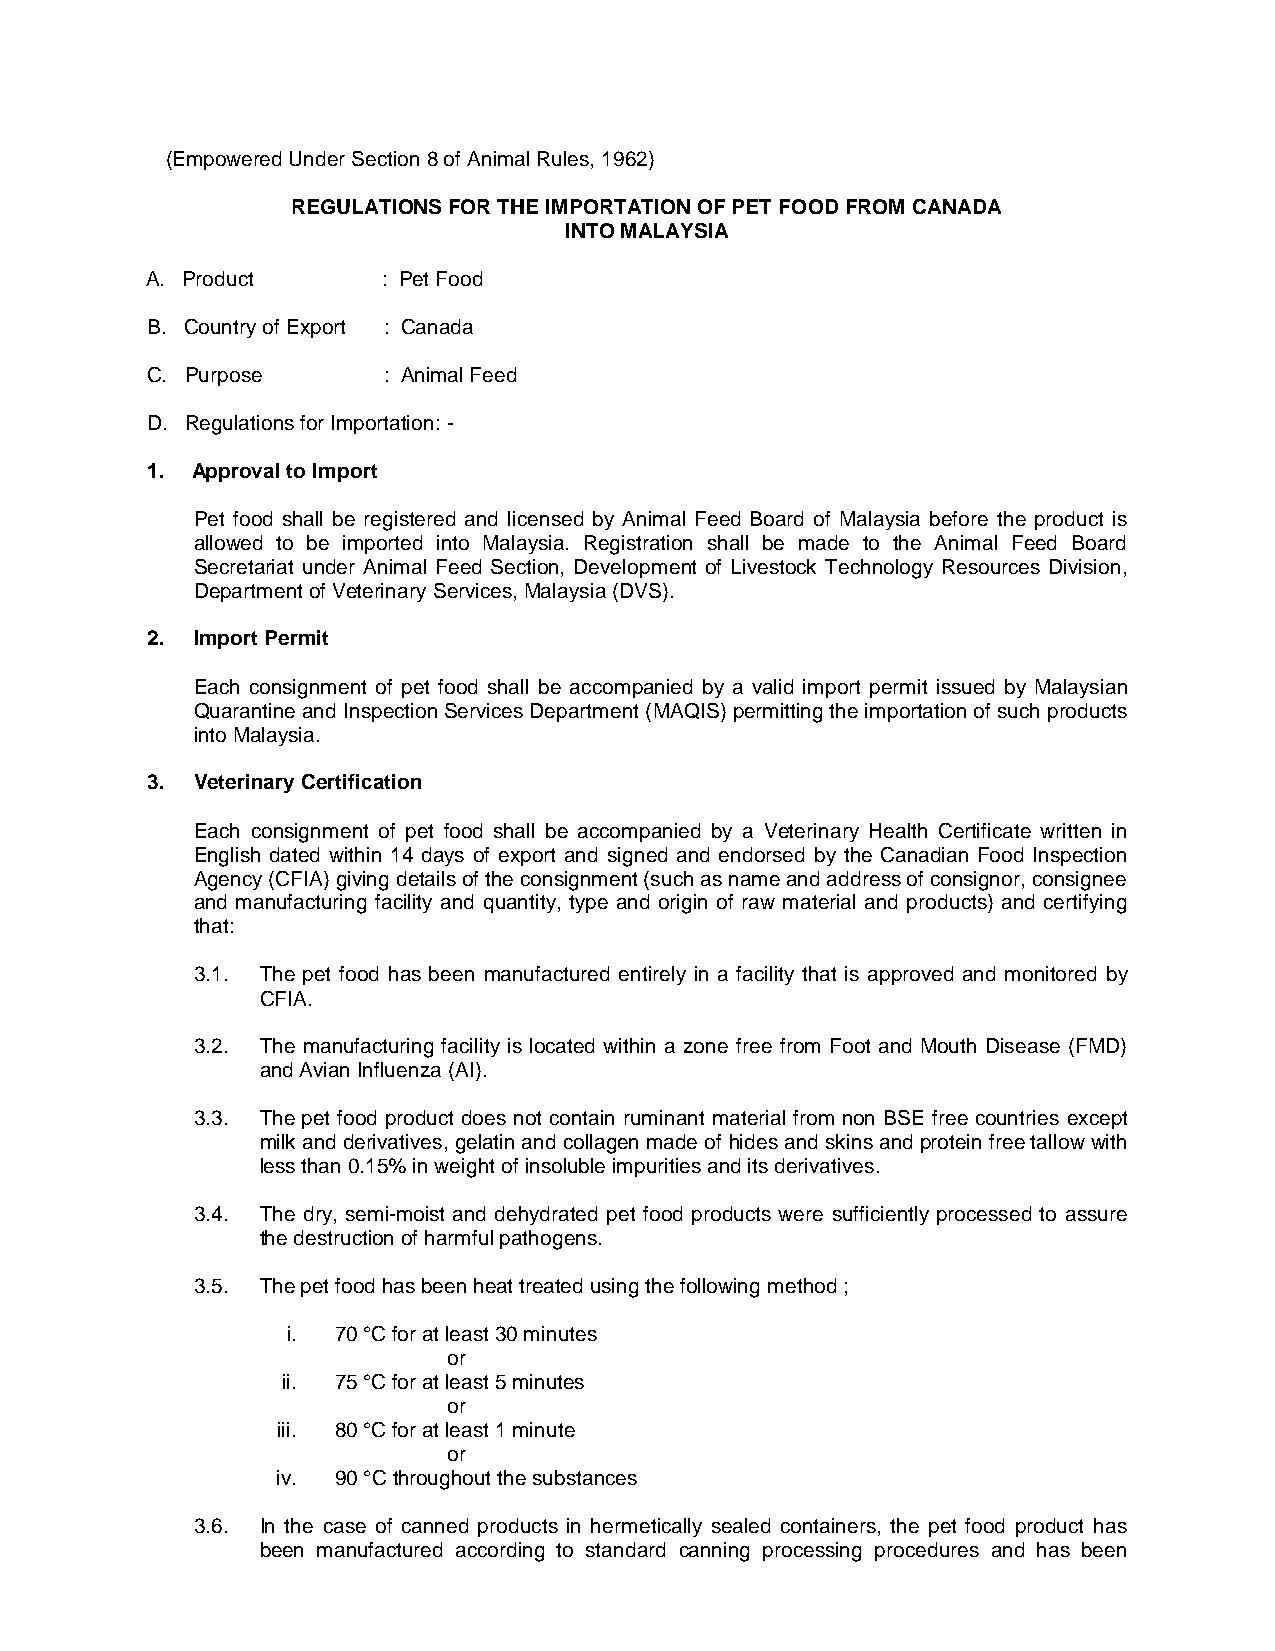
(Empowered Under Section 8 of Animal Rules, 1962)
 REGULATIONS FOR THE IMPORTATION OF PET FOOD FROM CANADA
 INTO MALAYSIA
 A. Product     : Pet Food
 B. Country of Export : Canada
 C. Purpose     : Animal Feed
 D. Regulations for Importation: -
 1. Approval to Import
 Pet food shall be registered and licensed by Animal Feed Board of Malaysia before the product is
 allowed to be imported into Malaysia. Registration shall be made to the Animal Feed Board
 Secretariat under Animal Feed Section, Development of Livestock Technology Resources Division,
 Department of Veterinary Services, Malaysia (DVS).
 2. Import Permit
 Each consignment of pet food shall be accompanied by a valid import permit issued by Malaysian
 Quarantine and Inspection Services Department (MAQIS) permitting the importation of such products
 into Malaysia.
 3. Veterinary Certification
 Each consignment of pet food shall be accompanied by a Veterinary Health Certificate written in
 English dated within 14 days of export and signed and endorsed by the Canadian Food Inspection
 Agency (CFIA) giving details of the consignment (such as name and address of consignor, consignee
 and manufacturing facility and quantity, type and origin of raw material and products) and certifying
 that:
 3.1. The pet food has been manufactured entirely in a facility that is approved and monitored by
 CFIA.
 3.2. The manufacturing facility is located within a zone free from Foot and Mouth Disease (FMD)
 and Avian Influenza (AI).
 3.3. The pet food product does not contain ruminant material from non BSE free countries except
 milk and derivatives, gelatin and collagen made of hides and skins and protein free tallow with
 less than 0.15% in weight of insoluble impurities and its derivatives.
 3.4. The dry, semi-moist and dehydrated pet food products were sufficiently processed to assure
 the destruction of harmful pathogens.
 3.5. The pet food has been heat treated using the following method ;
 i. 70 °C for at least 30 minutes
 or
 ii. 75 °C for at least 5 minutes
 or
 iii. 80 °C for at least 1 minute
 or
 iv. 90 °C throughout the substances
 3.6. In the case of canned products in hermetically sealed containers, the pet food product has
 been manufactured according to standard canning processing procedures and has been